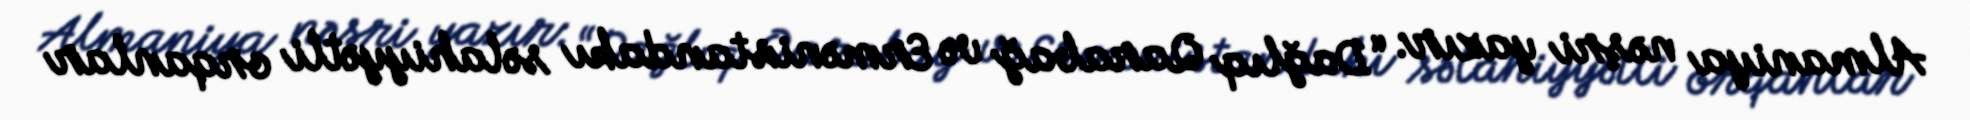
Almaniya nəşri yazır: “Dağlıq Qarabağ və Ermənistandakı səlahiyyətli orqanlar